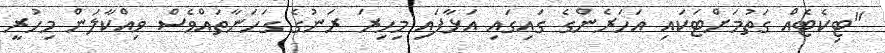
"ޓިކެޓެއް ގަތުމަށްޓަކައި އަހަރެންގެ ގައިގައި އަޅާފައި މިހިރަ ރަނުގެ ގަހަނާތައްވެސް ވިއްކާލަން މިހުރީ